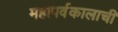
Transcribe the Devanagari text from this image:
महापर्वकालाची